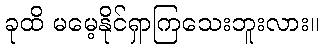
ခုထိ မမေ့နိုင်ရှာကြသေးဘူးလား။